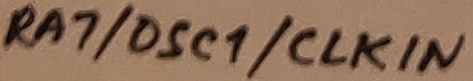
Text: RA7/OSC1/CLKIN